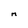
Character: M